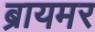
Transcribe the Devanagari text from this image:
ब्रायमर